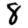
Digit: 8